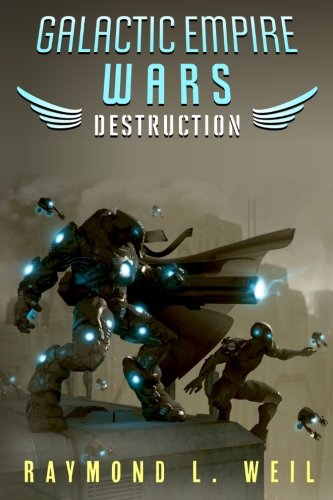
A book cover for Galactic Empire Wars: Destruction (Volume 1); Raymond L. Weil; Science Fiction & Fantasy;